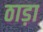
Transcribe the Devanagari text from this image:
ठाड़ा